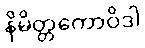
နိမိတ္တကောဝိဒါ